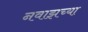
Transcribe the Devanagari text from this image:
नवाझच्या